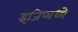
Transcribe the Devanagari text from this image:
इजिप्मध्ये